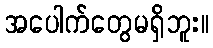
အပေါက်တွေမရှိဘူး။